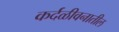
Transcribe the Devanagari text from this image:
कर्दळीवनातील